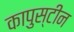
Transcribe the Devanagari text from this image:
कापुस्टीन